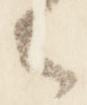
々